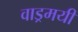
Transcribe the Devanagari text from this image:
वाड्रमयी